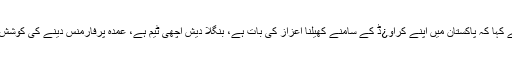
عماد بٹ نے کہا کہ پاکستان میں اپنے کراو¿ڈ کے سامنے کھیلنا اعزاز کی بات ہے، بنگلا دیش اچھی ٹیم ہے، عمدہ پرفارمنس دینے کی کوشش کریں گے۔